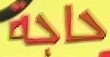
حاجة